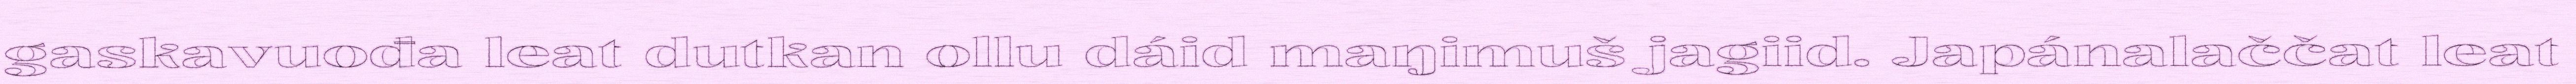
gaskavuođa leat dutkan ollu dáid maŋimuš jagiid. Japánalaččat leat